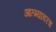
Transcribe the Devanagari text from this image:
आत्म्यावरच